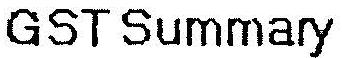
GST SUMMARY